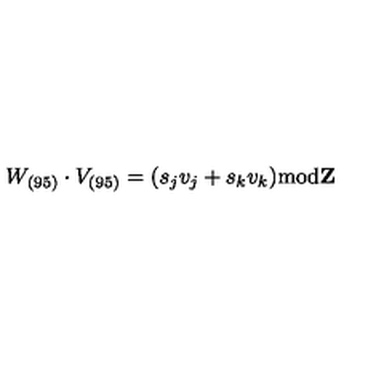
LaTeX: W _ { ( 9 5 ) } \cdot V _ { ( 9 5 ) } = ( s _ { j } v _ { j } + s _ { k } v _ { k } ) \mathrm { m o d } { \bf Z }